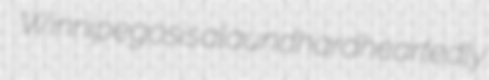
Winnipegosis alaund hardheartedly